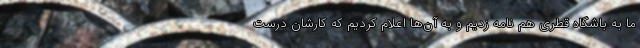
ما به باشگاه قطری هم نامه زدیم و به آن‌ها اعلام کردیم که کارشان درست